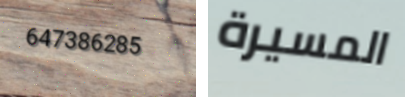
647386285 المسيرة